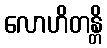
လောဟိတန္တိ